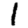
Digit: 1